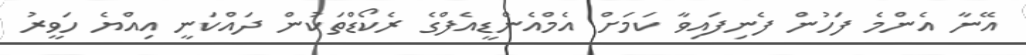
އޭނާ އެންމެ ފަހުން ފެނިފައިވާ ކަމަށް އެމްއެންޑީއެފްގެ ރެކޯޑްތަކުން ދައްކަނީ އިއްޔެ ހަވީރު